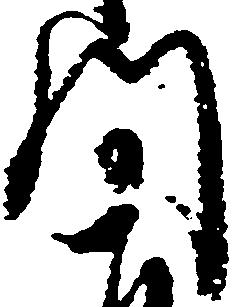
間